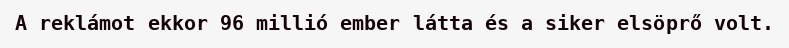
A reklámot ekkor 96 millió ember látta és a siker elsöprő volt.